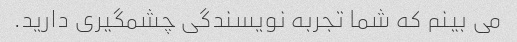
می بینم که شما تجربه نویسندگی چشمگیری دارید.